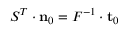
{ \boldsymbol { S } } ^ { T } \cdot \mathbf { n } _ { 0 } = { \boldsymbol { F } } ^ { - 1 } \cdot \mathbf { t } _ { 0 }